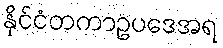
နိုင်ငံတကာဥပဒေအရ